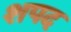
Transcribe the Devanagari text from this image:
शपद